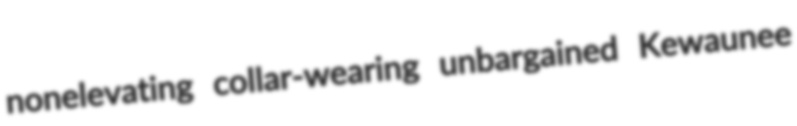
nonelevating collar-wearing unbargained Kewaunee